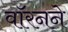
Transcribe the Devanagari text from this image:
वॉरनने